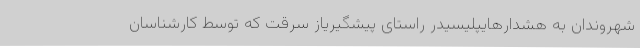
شهروندان به هشدارهایپلیسیدر راستای پیشگیریاز سرقت که توسط کارشناسان